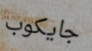
جايكوب